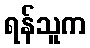
ရန်သူက